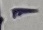
Text: -